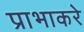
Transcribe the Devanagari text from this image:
प्राभाकरे